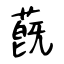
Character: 蔇